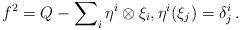
LaTeX: \begin{align*} f^2 = Q -\sum\nolimits_{i}\eta^i\otimes\xi_i, \eta^i(\xi_j)=\delta^i_j \,.\end{align*}